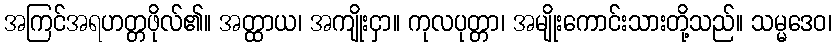
အကြင်အရဟတ္တဖိုလ်၏။ အတ္ထာယ၊ အကျိုးငှာ။ ကုလပုတ္တာ၊ အမျိုးကောင်းသားတို့သည်။ သမ္မဒေဝ၊